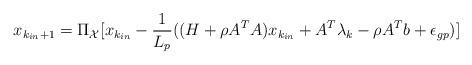
LaTeX: \begin{align*}x_{k_{in} + 1} = \Pi_{\mathcal{X}}[x_{k_{in}} - \frac{1}{L_p}((H + \rho A^T A)x_{k_{in}} + A^T\lambda_k - \rho A^Tb + \epsilon_{gp})]\end{align*}